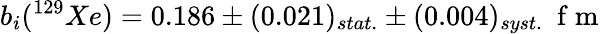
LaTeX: b_{i}(^{129}Xe)=0.186\pm(0.021)_{stat.}\pm(0.004)_{syst.}\space\mathrm{~f~m~}